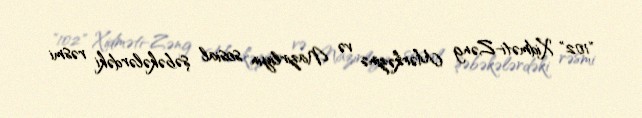
"102" Xidməti-Zəng Mərkəzinə və Nazirliyin sosial şəbəkələrdəki rəsmi